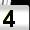
Digit: 4